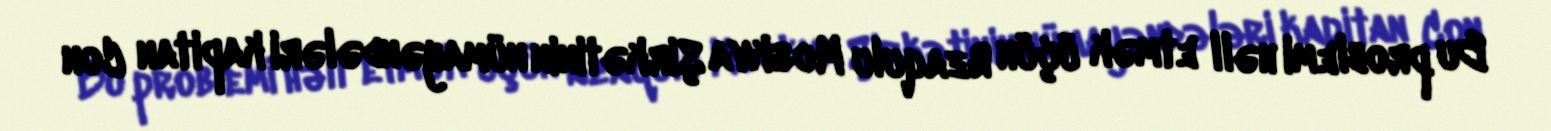
Bu problemi həll etmək üçün Rzaqulu Moskva Şirkətinin nümayəndələri kapitan Con